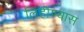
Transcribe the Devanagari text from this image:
लिहीण्यास